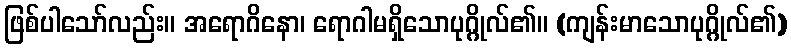
ဖြစ်ပါသော်လည်း။ အရောဂိနော၊ ရောဂါမရှိသောပုဂ္ဂိုလ်၏။ (ကျန်းမာသောပုဂ္ဂိုလ်၏)